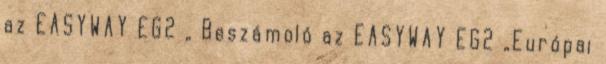
az EASYWAY EG2 „ Beszámoló az EASYWAY EG2 „Európai